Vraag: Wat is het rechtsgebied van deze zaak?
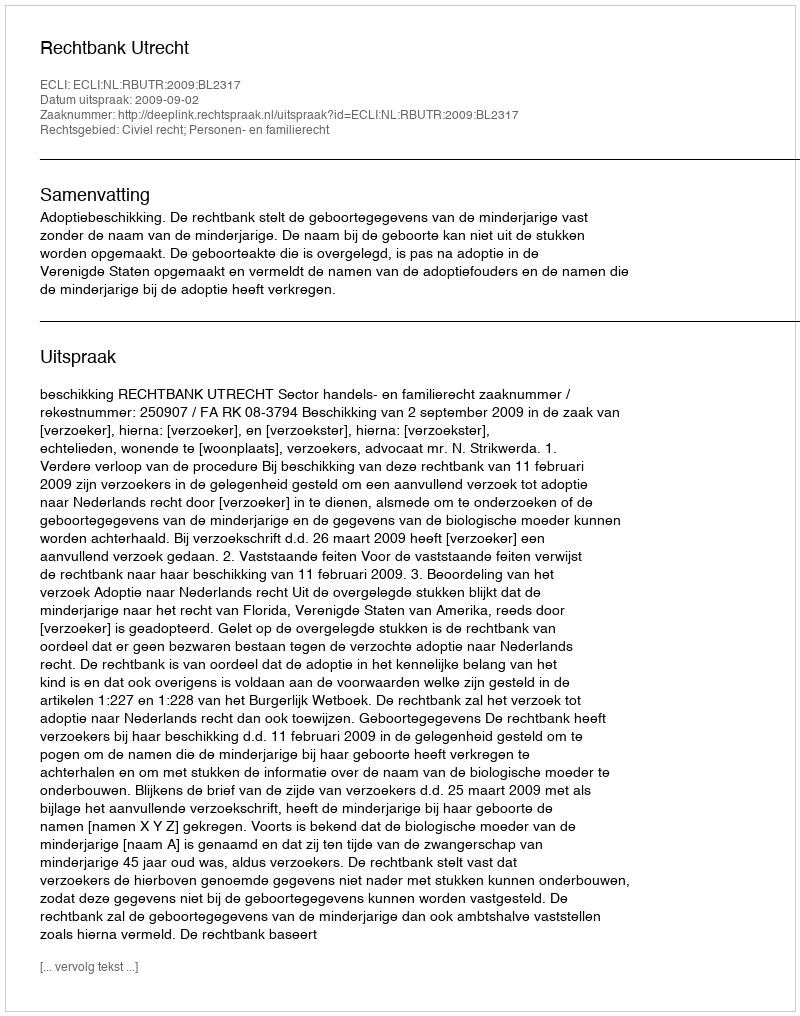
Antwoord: Civiel recht; Personen- en familierecht